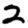
Digit: 2